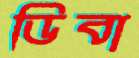
ডিবা